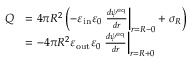
\begin{array} { r l } { Q } & { = 4 \pi R ^ { 2 } \left( - \varepsilon _ { \mathrm { i n } } \varepsilon _ { 0 } \left. \frac { d \psi ^ { \mathrm { e q } } } { d r } \right| _ { r = R - 0 } + \sigma _ { R } \right) } \\ & { = - 4 \pi R ^ { 2 } \varepsilon _ { \mathrm { o u t } } \varepsilon _ { 0 } \left. \frac { d \psi ^ { \mathrm { e q } } } { d r } \right| _ { r = R + 0 } } \end{array}